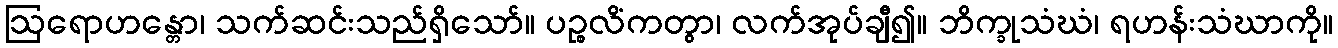
ဩရောဟန္တော၊ သက်ဆင်းသည်ရှိသော်။ ပဉ္စလိံကတွာ၊ လက်အုပ်ချီ၍။ ဘိက္ခုသံဃံ၊ ရဟန်းသံဃာကို။